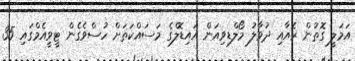
އަމަލީ ގޮތުން ރެއާއި ދުވާލު މޯލްޑިވިއަން އައިޑޮލްގެ މަސައްކަތަށް ހުސްވެގެން ޓީވީއެމްގައި 35